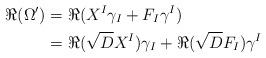
LaTeX: \begin{align*}\Re (\Omega')&=\Re (X^I\gamma_I+F_I\gamma^I)\\ &=\Re(\sqrt{D}X^I)\gamma_I+\Re(\sqrt{D}F_I)\gamma^I\\\end{align*}